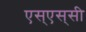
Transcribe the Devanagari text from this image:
एस्‌एस्‌सी